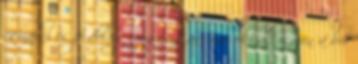
csinálni és jó dolog megosztani másokkal, hiszen a bor